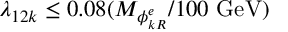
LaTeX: \lambda _ { 1 2 k } \leq 0 . 0 8 ( M _ { \phi _ { k R } ^ { e } } / 1 0 0 \ \mathrm { G e V } )